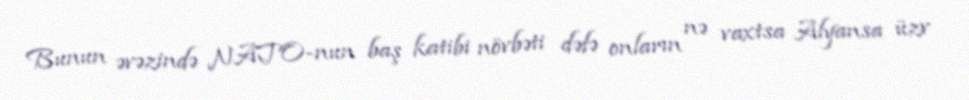
Bunun əvəzində NATO-nun baş katibi növbəti dəfə onların nə vaxtsa Alyansa üzv